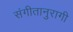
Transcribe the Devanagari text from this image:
संगीतानुरागी